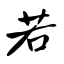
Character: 若